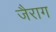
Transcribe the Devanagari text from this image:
जैराग